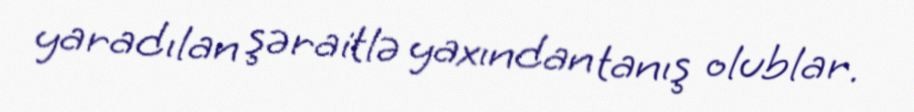
yaradılan şəraitlə yaxından tanış olublar.